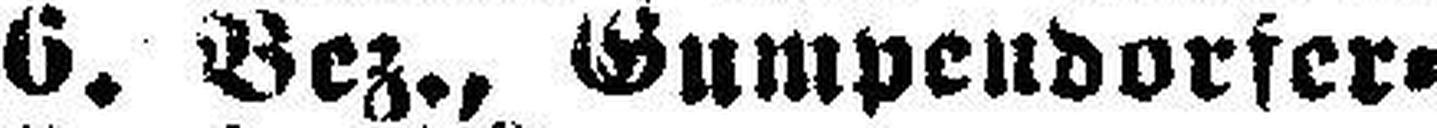
6. Bez., Gumpendorfer¬